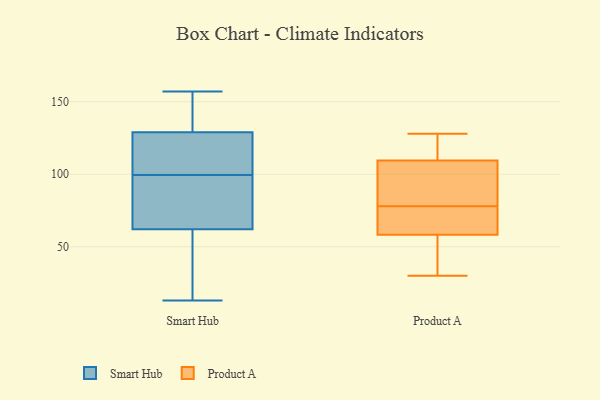
{"axis": {"x": "Population (Million)", "y": "Value"}, "legend": ["Product A", "Smart Hub"], "data": [{"x": "", "y": 113, "type": "Smart Hub"}, {"x": "", "y": 34, "type": "Smart Hub"}, {"x": "", "y": 92, "type": "Smart Hub"}, {"x": "", "y": 125, "type": "Smart Hub"}, {"x": "", "y": 119, "type": "Smart Hub"}, {"x": "", "y": 62, "type": "Smart Hub"}, {"x": "", "y": 129, "type": "Smart Hub"}, {"x": "", "y": 76, "type": "Smart Hub"}, {"x": "", "y": 107, "type": "Smart Hub"}, {"x": "", "y": 28, "type": "Smart Hub"}, {"x": "", "y": 134, "type": "Smart Hub"}, {"x": "", "y": 64, "type": "Smart Hub"}, {"x": "", "y": 85, "type": "Smart Hub"}, {"x": "", "y": 31, "type": "Smart Hub"}, {"x": "", "y": 13, "type": "Smart Hub"}, {"x": "", "y": 136, "type": "Smart Hub"}, {"x": "", "y": 148, "type": "Smart Hub"}, {"x": "", "y": 157, "type": "Smart Hub"}, {"x": "", "y": 105, "type": "Product A"}, {"x": "", "y": 30, "type": "Product A"}, {"x": "", "y": 58, "type": "Product A"}, {"x": "", "y": 111, "type": "Product A"}, {"x": "", "y": 40, "type": "Product A"}, {"x": "", "y": 98, "type": "Product A"}, {"x": "", "y": 128, "type": "Product A"}, {"x": "", "y": 74, "type": "Product A"}, {"x": "", "y": 78, "type": "Product A"}, {"x": "", "y": 127, "type": "Product A"}, {"x": "", "y": 77, "type": "Product A"}, {"x": "", "y": 99, "type": "Product A"}, {"x": "", "y": 113, "type": "Product A"}, {"x": "", "y": 59, "type": "Product A"}, {"x": "", "y": 48, "type": "Product A"}]}